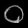
Digit: ၀